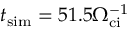
t _ { \mathrm { s i m } } = 5 1 . 5 \Omega _ { \mathrm { c i } } ^ { - 1 }